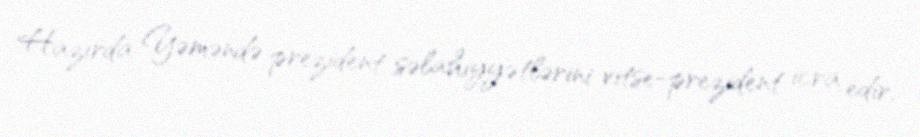
Hazırda Yəməndə prezident səlahiyyətlərini vitse-prezident icra edir,